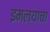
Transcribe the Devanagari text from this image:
इमल्याचा